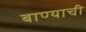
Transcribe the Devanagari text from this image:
बाण्याची